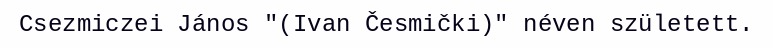
Csezmiczei János "(Ivan Česmički)" néven született.